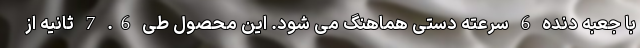
با جعبه دنده 6 سرعته دستی هماهنگ می شود. این محصول طی 6. 7 ثانیه از